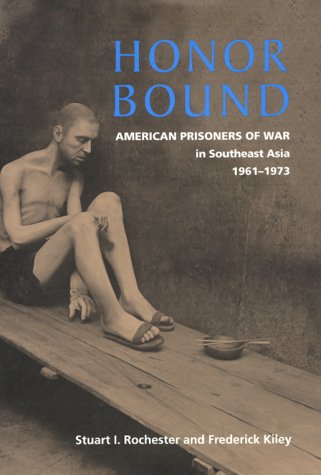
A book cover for Honor Bound: American Prisoners of War in Southeast Asia, 1961-1973; Stuart I. Rochester; History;